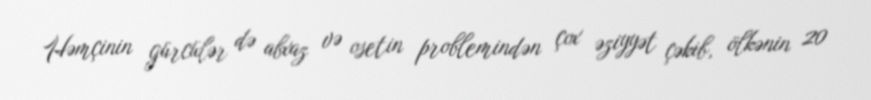
Həmçinin gürcülər də abxaz və osetin problemindən çox əziyyət çəkib, ölkənin 20